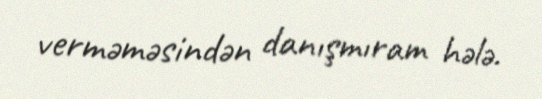
verməməsindən danışmıram hələ.